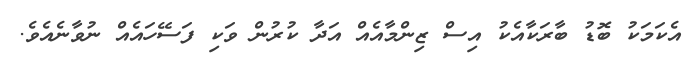
އެކަމަކު ބޮޑު ބާރަކާއެކު އިސް ޒިންމާއެއް އަދާ ކުރުން ވަކި ފަސޭހައެއް ނުވާނެއެވެ.